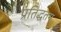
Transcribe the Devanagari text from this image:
प्रतिद्धतम